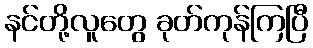
နင်တို့လူတွေ ခုတ်ကုန်ကြပြီ